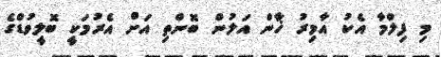
މި ފިލްމާ އެކު އާމިރު ޚާން އަލުން ބޮންތި އަށް އެރުމަކީ ބޮލީވުޑްގެ